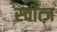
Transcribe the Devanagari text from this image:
स्चीत्ज़